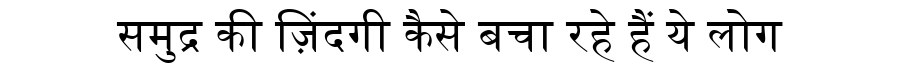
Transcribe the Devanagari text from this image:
समुद्र की ज़िंदगी कैसे बचा रहे हैं ये लोग